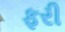
ફરી